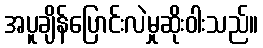
အပူချိန်ပြောင်းလဲမှုဆိုးဝါးသည်။